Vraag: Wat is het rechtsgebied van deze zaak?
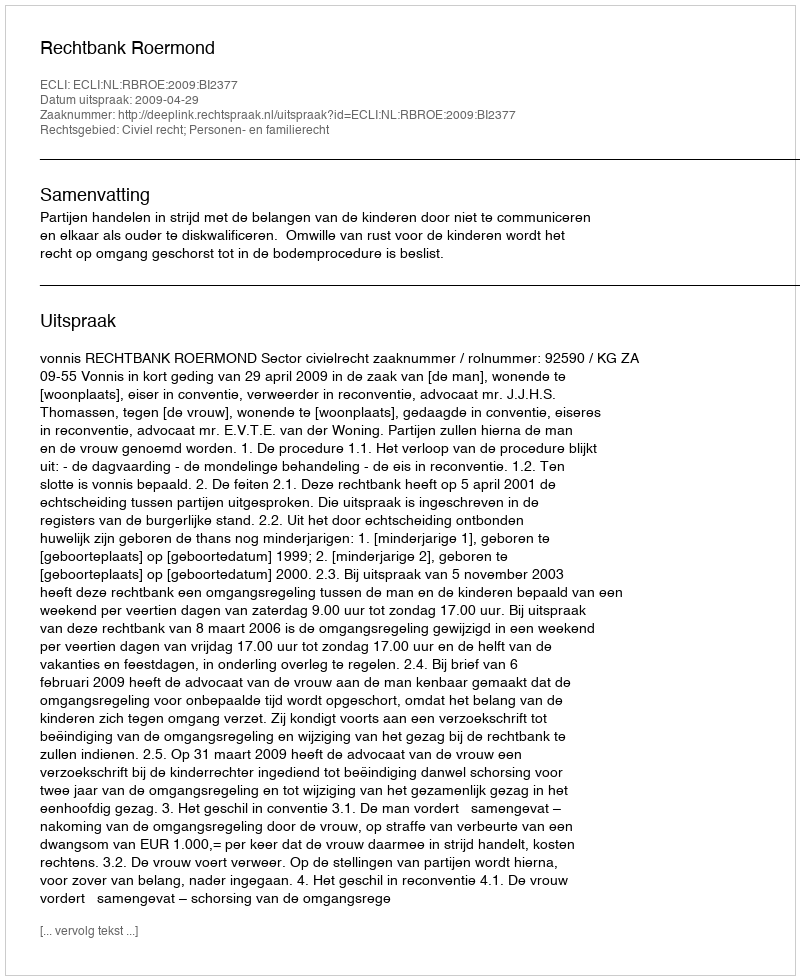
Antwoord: Civiel recht; Personen- en familierecht